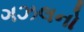
ગઝલનો